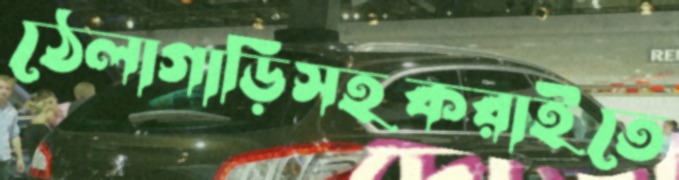
ঠেলাগাড়িসহকরাইতে